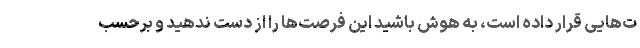
ت‌هایی قرار داده است، به هوش باشید این فرصت‌ها را از دست ندهید و برحسب